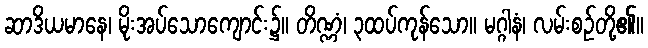
ဆာဒိယမာနေ၊ မိုးအပ်သောကျောင်း၌။ တိဏ္ဏံ၊ ၃ထပ်ကုန်သော။ မဂ္ဂါနံ၊ လမ်းစဉ်တို့၏။